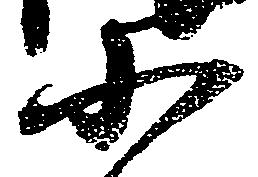
小